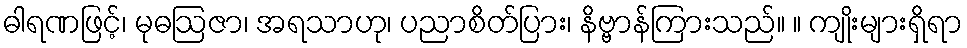
ဓါရဏဖြင့်၊ မုဓဩဇာ၊ အရသာဟု၊ ပညာစိတ်ပြား၊ နိဗ္ဗာန်ကြားသည်။ ။ ကျိုးများရှိရာ